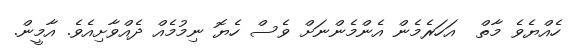
ހެއްޔެވެ މާތް  އަހަރެމެން އެންމެންނަށް ވެސް ހެޔޮ ނިމުމެއް ދެއްވާށިއެވެ. އާމީން.